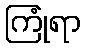
ကြုံရာ